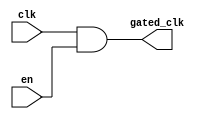
module clock_gating_buffer (
    input wire clk,      // Primary clock signal
    input wire en,       // Enable signal for clock gating
    output wire gated_clk // Gated clock output
);

// Clock gating logic using AND gate
assign gated_clk = clk & en;

endmodule